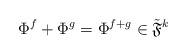
LaTeX: \begin{align*}\Phi^f+ \Phi^g=\Phi^{f+g} \in \tilde{\mathfrak{F}}^k\end{align*}